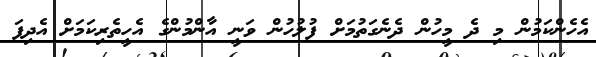
އެހެންކަމުން މި ދެ މީހުން ދެނެގަތުމަށް ފުލުހުން ވަނީ އާންމުންގެ އެހީތެރިކަމަށް އެދިފަ